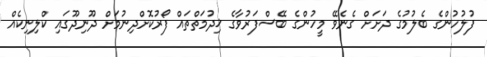
ފުލުހުންގެ ބެލުމުގެ ދަށަށް ގެނެވޭ މީހުންގެ ބޭސްފަރުވާގެ ޚިދުމަތްތައް ފޯރުކޮށްދިނުމަށް ދޫނިދޫގައި ކްލިނިކެއް